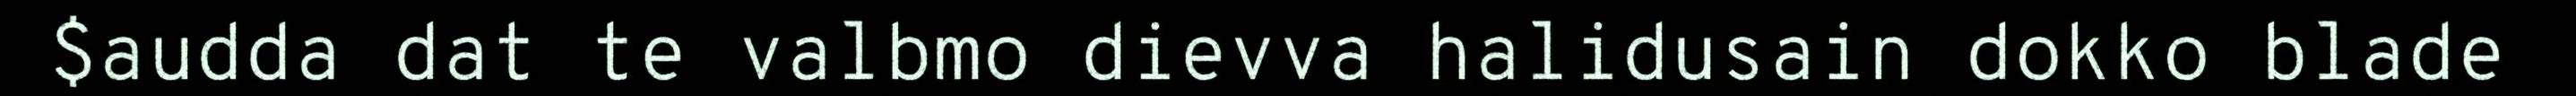
$audda dat te valbmo dievva halidusain dokko blade